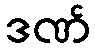
ဒဏ်